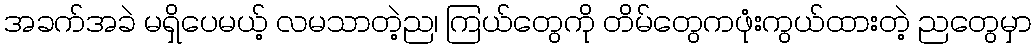
အခက်အခဲ မရှိပေမယ့် လမသာတဲ့ည၊ ကြယ်တွေကို တိမ်တွေကဖုံးကွယ်ထားတဲ့ ညတွေမှာ